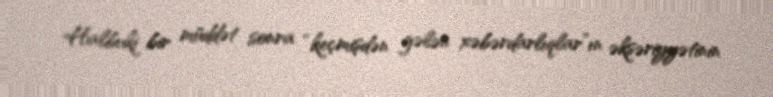
Halbuki bir müddət sonra “keçmişdən gələn xəbərdarlıqlar”ın əksəriyyətinin